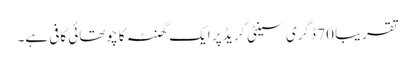
تقریبا 70 ڈگری سینٹی گریڈ پر ایک گھنٹہ کا چوتھائی کافی ہے۔